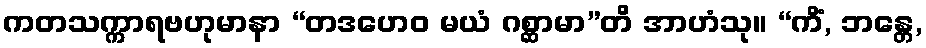
ကတသက္ကာရဗဟုမာနာ “တဒဟေဝ မယံ ဂစ္ဆာမာ”တိ အာဟံသု။ “ကိံ, ဘန္တေ,